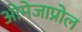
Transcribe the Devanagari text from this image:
ओमेजाप्रोल